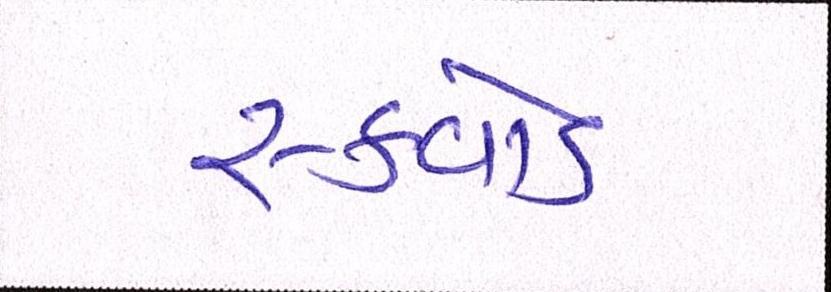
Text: સ્ક્વોડ